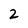
Character: 2